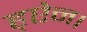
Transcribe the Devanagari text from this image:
ह्ऐन।